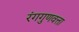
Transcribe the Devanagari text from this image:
रंगगुणवत्ता